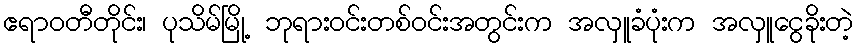
ဧရာဝတီတိုင်း၊ ပုသိမ်မြို့ ဘုရားဝင်းတစ်ဝင်းအတွင်းက အလှူခံပုံးက အလှူငွေခိုးတဲ့